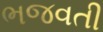
ભજવતી